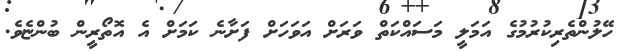
ހޭލުންތެރިކުރުމުގެ އަމަލީ މަސައްކަތް ވަރަށް އަވަހަށް ފަށާނެ ކަމަށް އެ އޮތޯރީން ބުންޏެވެ.